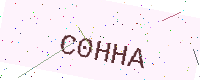
Text: C0HHA